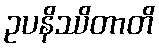
ဥပနိဿိတာတိ